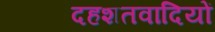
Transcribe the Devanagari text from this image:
दहशतवादियों